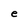
Character: e